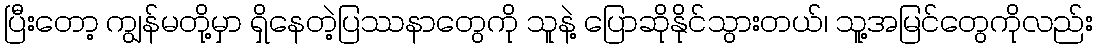
ပြီးတော့ ကျွန်မတို့မှာ ရှိနေတဲ့ပြဿနာတွေကို သူနဲ့ ပြောဆိုနိုင်သွားတယ်၊ သူ့အမြင်တွေကိုလည်း